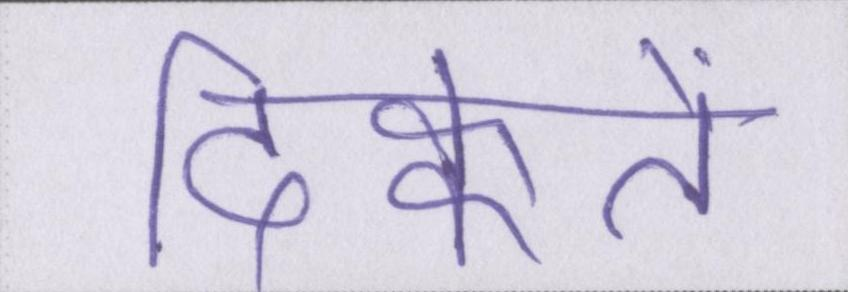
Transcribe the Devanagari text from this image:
दिक्कतें